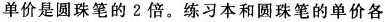
单价是圆珠笔的2倍。练习本和圆珠笔的单价各